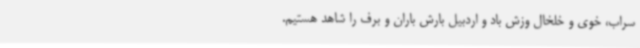
سراب، خوی و خلخال وزش باد و اردبیل بارش باران و برف را شاهد هستیم.